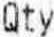
QTY